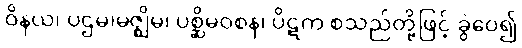
ဝိနယ၊ ပဌမ၊မဇ္ဈိမ၊ ပစ္ဆိမဝစန၊ ပိဋက စသည်တို့ဖြင့် ခွဲဝေ၍